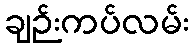
ချဉ်းကပ်လမ်း